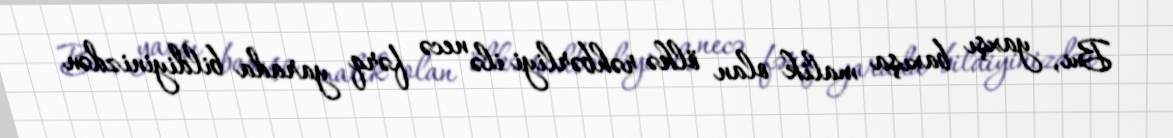
Bu, yaxşı baxışa malik olan ölkə rəhbərliyi ilə necə fərq yarada bildiyinizdən